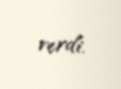
verdi.